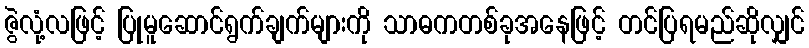
ဇွဲလုံ့လဖြင့် ပြုမူဆောင်ရွက်ချက်များကို သာဓကတစ်ခုအနေဖြင့် တင်ပြရမည်ဆိုလျှင်